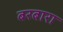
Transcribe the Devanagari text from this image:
बरबारा